Scottish Leaving Certificate Examination, 1954
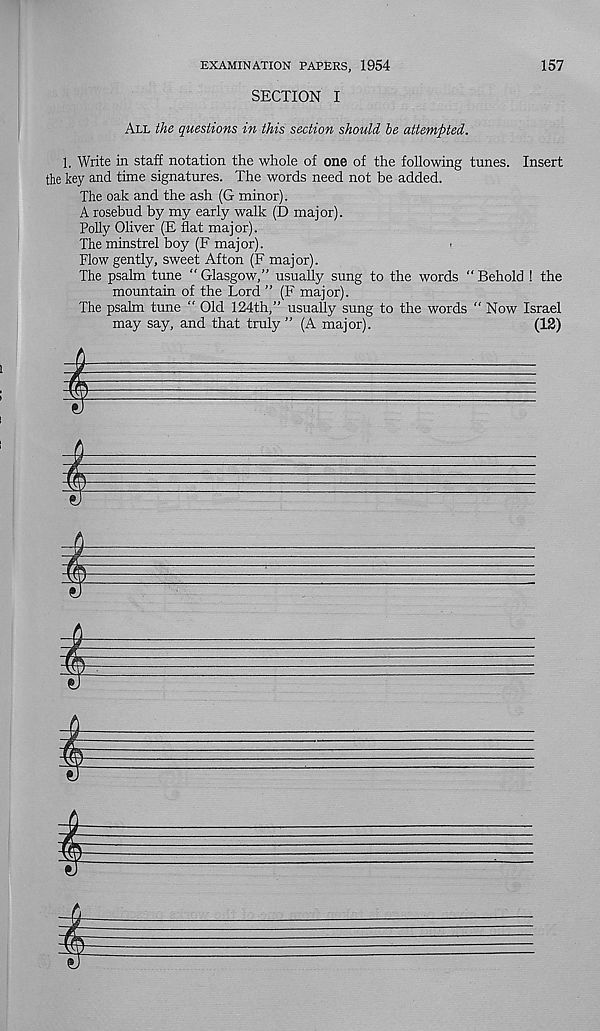
EXAMINATION PAPERS, 1954
SECTION I
157
All the questions in this section should he attempted.
1. Write in staff notation the whole of one of the following tunes. Insert
the key and time signatures. The words need not be added.
The oak and the ash (G minor).
A rosebud by my early walk (D major).
Polly Oliver (E flat major).
The minstrel boy (F major).
Flow gently, sweet Afton (F major).
The psalm tune “ Glasgow,” usually sung to the words “ Behold ! the
mountain of the Lord ” (F major).
The psalm tune " Old 124th,” usually sung to the words “ Now Israel
may say, and that truly ” (A major).
(12)